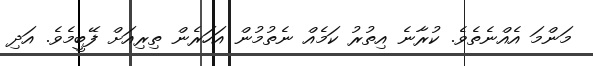
މަންމަ އެއްނެތެވެ. ކުރާނެ އިތުރު ކަމެއް ނެތުމުން އަހަރެން ތިރިއަށް ފޭބީމެވެ. އަދި